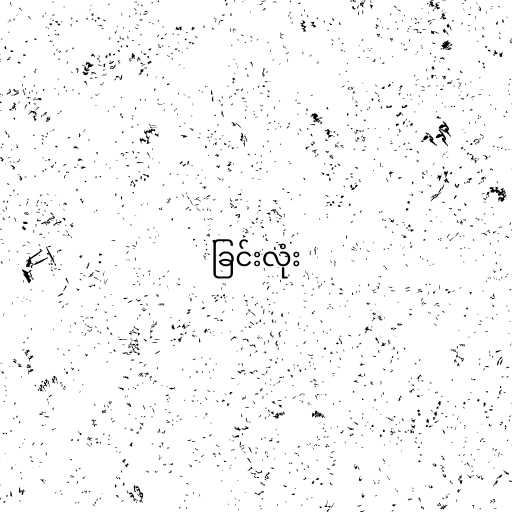
ခြင်းလုံး